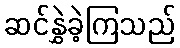
ဆင်နွှဲခဲ့ကြသည်